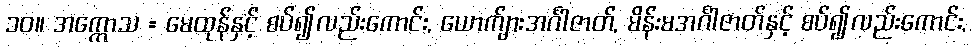
၁၀။ အက္ကောသ = မေထုန်နှင့် စပ်၍လည်းကောင်း, ယောက်ျားအင်္ဂါဇာတ်, မိန်းမအင်္ဂါဇာတ်နှင့် စပ်၍လည်းကောင်း,